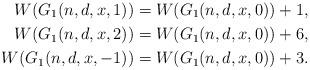
LaTeX: \begin{align*}W(G_{1}(n,d,x,1)) & =W(G_{1}(n,d,x,0))+1,\\W(G_{1}(n,d,x,2)) & =W(G_{1}(n,d,x,0))+6,\\W(G_{1}(n,d,x,-1)) & =W(G_{1}(n,d,x,0))+3.\end{align*}